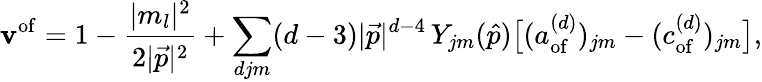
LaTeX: \mathbf{v}^{\mathrm{{of}}}=1-{\frac{{|m_{l}|^{2}}}{{2|{\vec{{p}}}|^{2}}}}+\sum_{djm}(d-3)|{\vec{{p}}}|^{d-4}\, Y_{jm}({\hat{{p}}}){\big[}(a_{\mathrm{{of}}}^{(d)})_{jm}-(c_{\mathrm{{of}}}^{(d)})_{jm}{\big]},